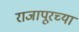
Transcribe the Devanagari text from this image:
राजापूरच्या